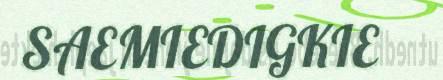
SAEMIEDIGKIE